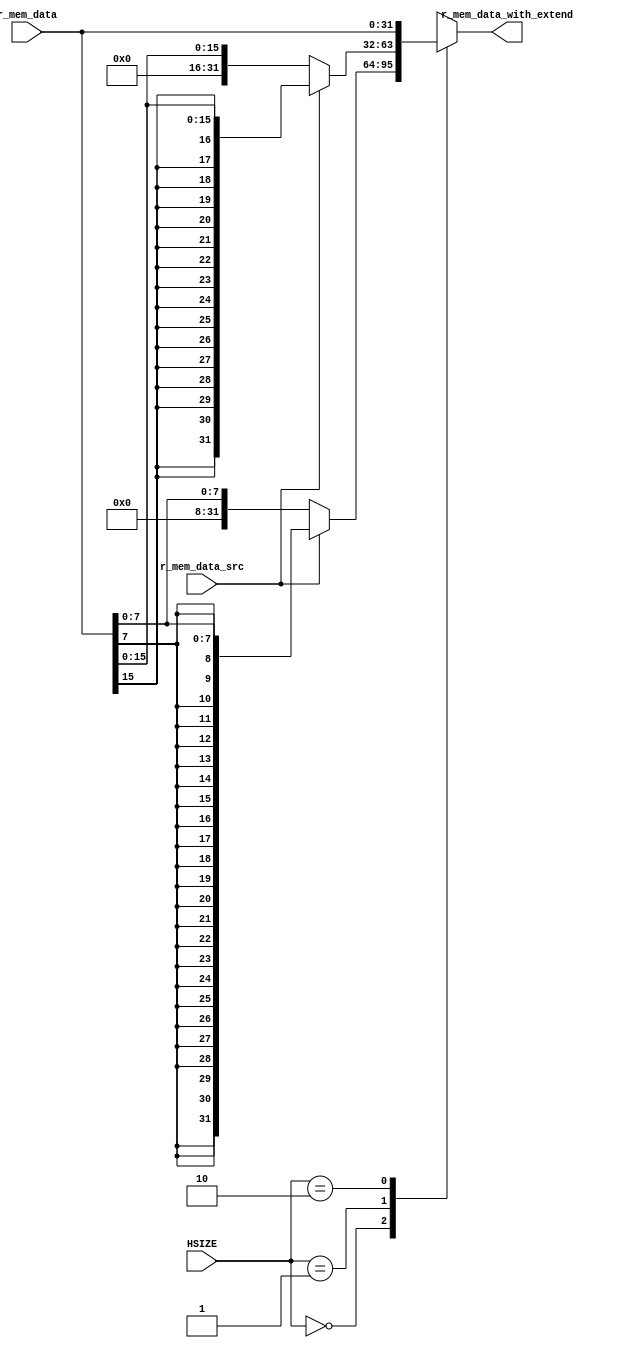
//MEMdata, n ZeroExtendOSignExtend (r_mem_data_src)
`define S5_ZEROEXTEND 1'd0
`define S5_SIGNEXTEND 1'd1

//gMEMdata, O 8bit, 16bit, 32bit? (HSIZE)
`define HSIZE_8bit 3'b000
`define HSIZE_16bit 3'b001
`define HSIZE_32bit 3'b010
//`define HSIZE_8bit 3'b000

module mux_r_mem_data(
		r_mem_data, 
		r_mem_data_src,
		HSIZE,
		r_mem_data_with_extend		);

input [31:0] r_mem_data;
input r_mem_data_src;
input [2:0] HSIZE;

output [31:0] r_mem_data_with_extend;

reg [31:0] r_mem_data_with_extend;


always@(r_mem_data or r_mem_data_src or HSIZE )begin
	case(HSIZE)
		`HSIZE_8bit:
			if(r_mem_data_src==`S5_ZEROEXTEND)
				r_mem_data_with_extend <= {24'd0, r_mem_data[7:0]};
			else	//if (r_mem_data_src==`S5_SIGNEXTEND)
				r_mem_data_with_extend <= {{24{r_mem_data[7]}}, r_mem_data[7:0]};
		`HSIZE_16bit:
			if(r_mem_data_src==`S5_ZEROEXTEND)
				r_mem_data_with_extend <= {16'd0, r_mem_data[15:0]};
			else	//if (r_mem_data_src==`S5_SIGNEXTEND)
				r_mem_data_with_extend <= {{16{r_mem_data[15]}}, r_mem_data[15:0]};
		`HSIZE_32bit:
			r_mem_data_with_extend <= r_mem_data;
		default:
			r_mem_data_with_extend <= 32'dx;
	endcase
end

endmodule